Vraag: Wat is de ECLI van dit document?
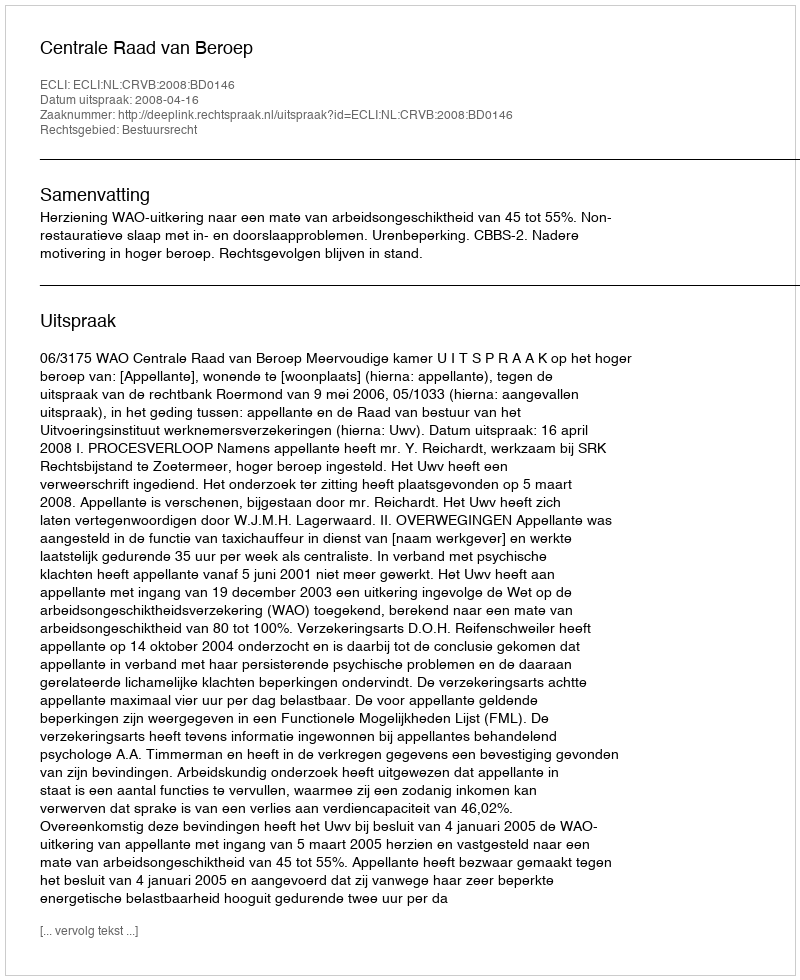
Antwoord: ECLI:NL:CRVB:2008:BD0146